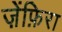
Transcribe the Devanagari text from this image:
ज़ेंफ़िरा